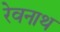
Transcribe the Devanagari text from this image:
रेवनाथ